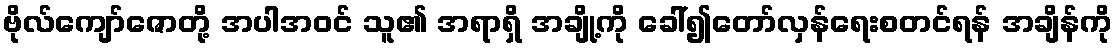
ဗိုလ်ကျော်ဇောတို့ အပါအဝင် သူ၏ အရာရှိ အချို့ကို ခေါ်၍တော်လှန်ရေးစတင်ရန် အချိန်ကို